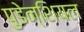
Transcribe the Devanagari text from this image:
पुडेन्शियल